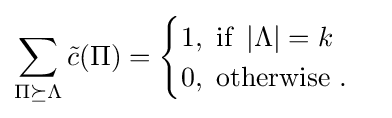
\sum _{\Pi \succeq \Lambda }{\tilde {c}}(\Pi )={\begin{cases}1,{\text{ if }}\left|\Lambda \right|=k\\0,{\text{ otherwise }}.\end{cases}}